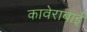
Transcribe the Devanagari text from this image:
कावेराबाई